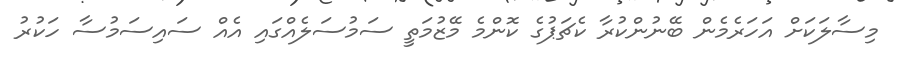
މިސާލަަކަށް އަހަރެމެން ބޭނުންކުރާ ކެޗަޕުގެ ކޮންމެ މޭޒުމަތީ ސަމުސަލެއްގައި އެއް ސައިސަމުސާ ހަކުރު